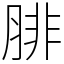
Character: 腓